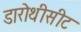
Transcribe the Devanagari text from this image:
डारोथीसीट